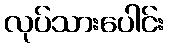
လုပ်သားပေါင်း